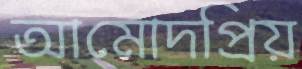
আমোদপ্রিয়